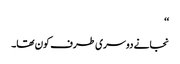
‘‘
نجانے دوسری طرف کون تھا۔